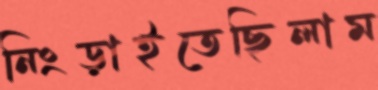
নিংড়াইতেছিলাম